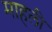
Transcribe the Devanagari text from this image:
माहली